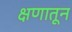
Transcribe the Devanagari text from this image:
क्षणातून